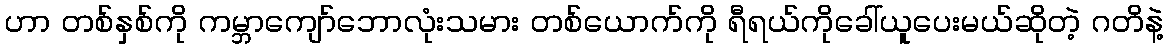
ဟာ တစ်နှစ်ကို ကမ္ဘာကျော်ဘောလုံးသမား တစ်ယောက်ကို ရီရယ်ကိုခေါ်ယူပေးမယ်ဆိုတဲ့ ဂတိနဲ့